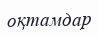
оқтамдар